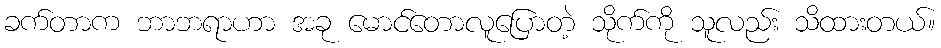
ခက်တာက ဘာဘရာဟာ အခု မောင်တောလူပြောတဲ့ သိုက်ကို သူလည်း သိထားတယ်။